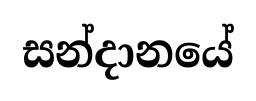
සන්දානයේ